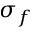
\sigma _ { f }